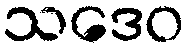
သဒေဝ